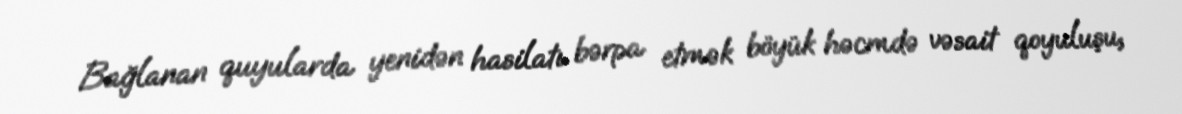
Bağlanan quyularda yenidən hasilatı bərpa etmək böyük həcmdə vəsait qoyuluşu,